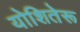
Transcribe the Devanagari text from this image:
योशितेरू